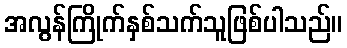
အလွန်ကြိုက်နှစ်သက်သူဖြစ်ပါသည်။